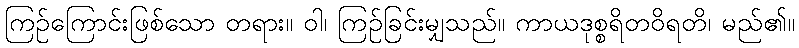
ကြဉ်ကြောင်းဖြစ်သော တရား။ ဝါ၊ ကြဉ်ခြင်းမျှသည်။ ကာယဒုစ္စရိတဝိရတိ၊ မည်၏။